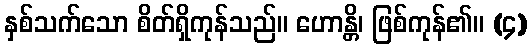
နှစ်သက်သော စိတ်ရှိကုန်သည်။ ဟောန္တိ၊ ဖြစ်ကုန်၏။ (၄)